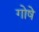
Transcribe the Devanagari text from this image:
गोषे